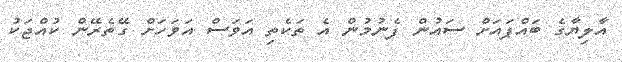
އާލިޔާގެ ބައްޕައަށް ސައުން ފެނުމުން އެ ތަކެތި އަވަސް އަވަހަށް ގޭތެރޭން ކުއްޖަކު